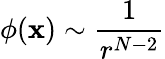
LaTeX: \phi(\mathbf{x})\sim\frac{1}{r^{N-2}}